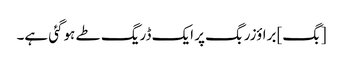
[بگ] براؤزر بگ پر ایک ڈریگ طے ہوگئی ہے۔